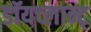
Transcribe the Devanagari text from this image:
डॉयच्लान्ट्